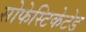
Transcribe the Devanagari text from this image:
सोफेस्टिकेटेड